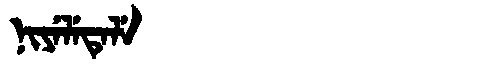
Manchu: ᠨᡳᠶᡝᠯᡝᡨᡝᠯᡝ
Romanization: NIYELETELE